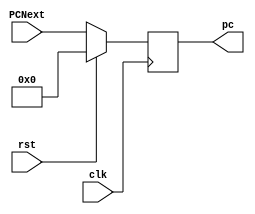
`timescale 1ns / 1ps
//////////////////////////////////////////////////////////////////////////////////
// Company: 
// Engineer: 
// 
// Design Name: 
// Module Name: address_gen
// Project Name: 
// Target Devices: 
// Tool Versions: 
// Description: 
// 
// Dependencies: 
// 
// Revision:
// Revision 0.01 - File Created
// Additional Comments:
// 
//////////////////////////////////////////////////////////////////////////////////


module address_gen (output reg [31:0] pc, input [31:0] PCNext,input clk,rst); 
 // Write your code here. This is the part of Phase-I
 

 
 always@(posedge clk)
    begin
	if (rst)
		pc =0;
	else
	   pc = PCNext;
	
    end
endmodule